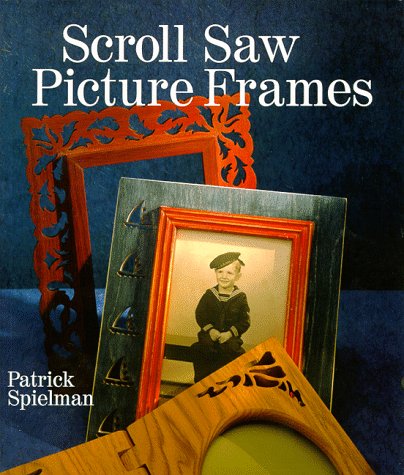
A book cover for Scroll Saw Picture Frames; Patrick Spielman; Crafts, Hobbies & Home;